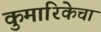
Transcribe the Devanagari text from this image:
कुमारिकेचा